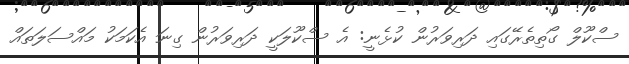
ސްކޫލް ގޯތިތެރޭގައި ދަރިވަރުން ކުޅެނީ: އެ ސްކޫލަކީ ދަރިވަރުން ގިނަ އެކަމަކު މައްސަލަތައް